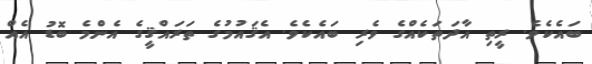
ބައެކެވެ. ރީތި އާދަތަކެއްގެ ވެރި ބައެކެވެ. އެޤައުމުގެ ތަރައްޤީގެ އެންމެ ބޮޑު އެއް